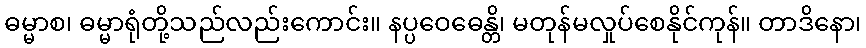
ဓမ္မာစ၊ ဓမ္မာရုံတို့သည်လည်းကောင်း။ နပ္ပဝေဓေန္တိ၊ မတုန်မလှုပ်စေနိုင်ကုန်။ တာဒိနော၊